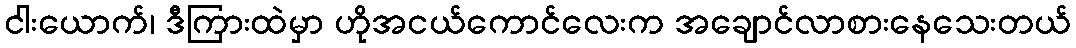
ငါးယောက်၊ ဒီကြားထဲမှာ ဟိုအငယ်ကောင်လေးက အချောင်လာစားနေသေးတယ်